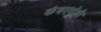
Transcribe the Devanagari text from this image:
कंबरमोडी